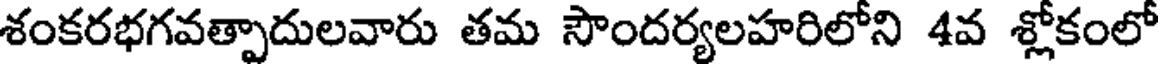
శంకరభగవత్పాదులవారు తమ సౌందర్యలహరిలోని 4వ శ్లోకంలో